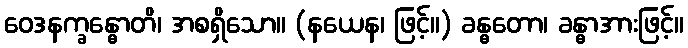
ဝေဒနက္ခန္ဓောတိ၊ အစရှိသော။ (နယေန၊ ဖြင့်။) ခန္ဓတော၊ ခန္ဓာအားဖြင့်။